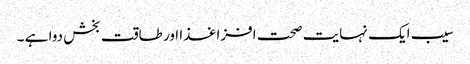
سیب ایک نہایت صحت افزا غذا اور طاقت بخش دوا ہے ۔